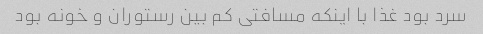
سرد بود غذا با اینکه مسافتی کم بین رستوران و خونه بود